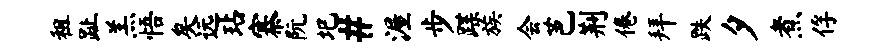
租趾羔悟矣远玷寨阮圯#渥步蹀族会芭荆倦拜跌夕煮俘